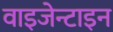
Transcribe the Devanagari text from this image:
वाइजेन्टाइन